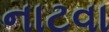
નાટવા